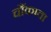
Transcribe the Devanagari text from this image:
चौंकाता